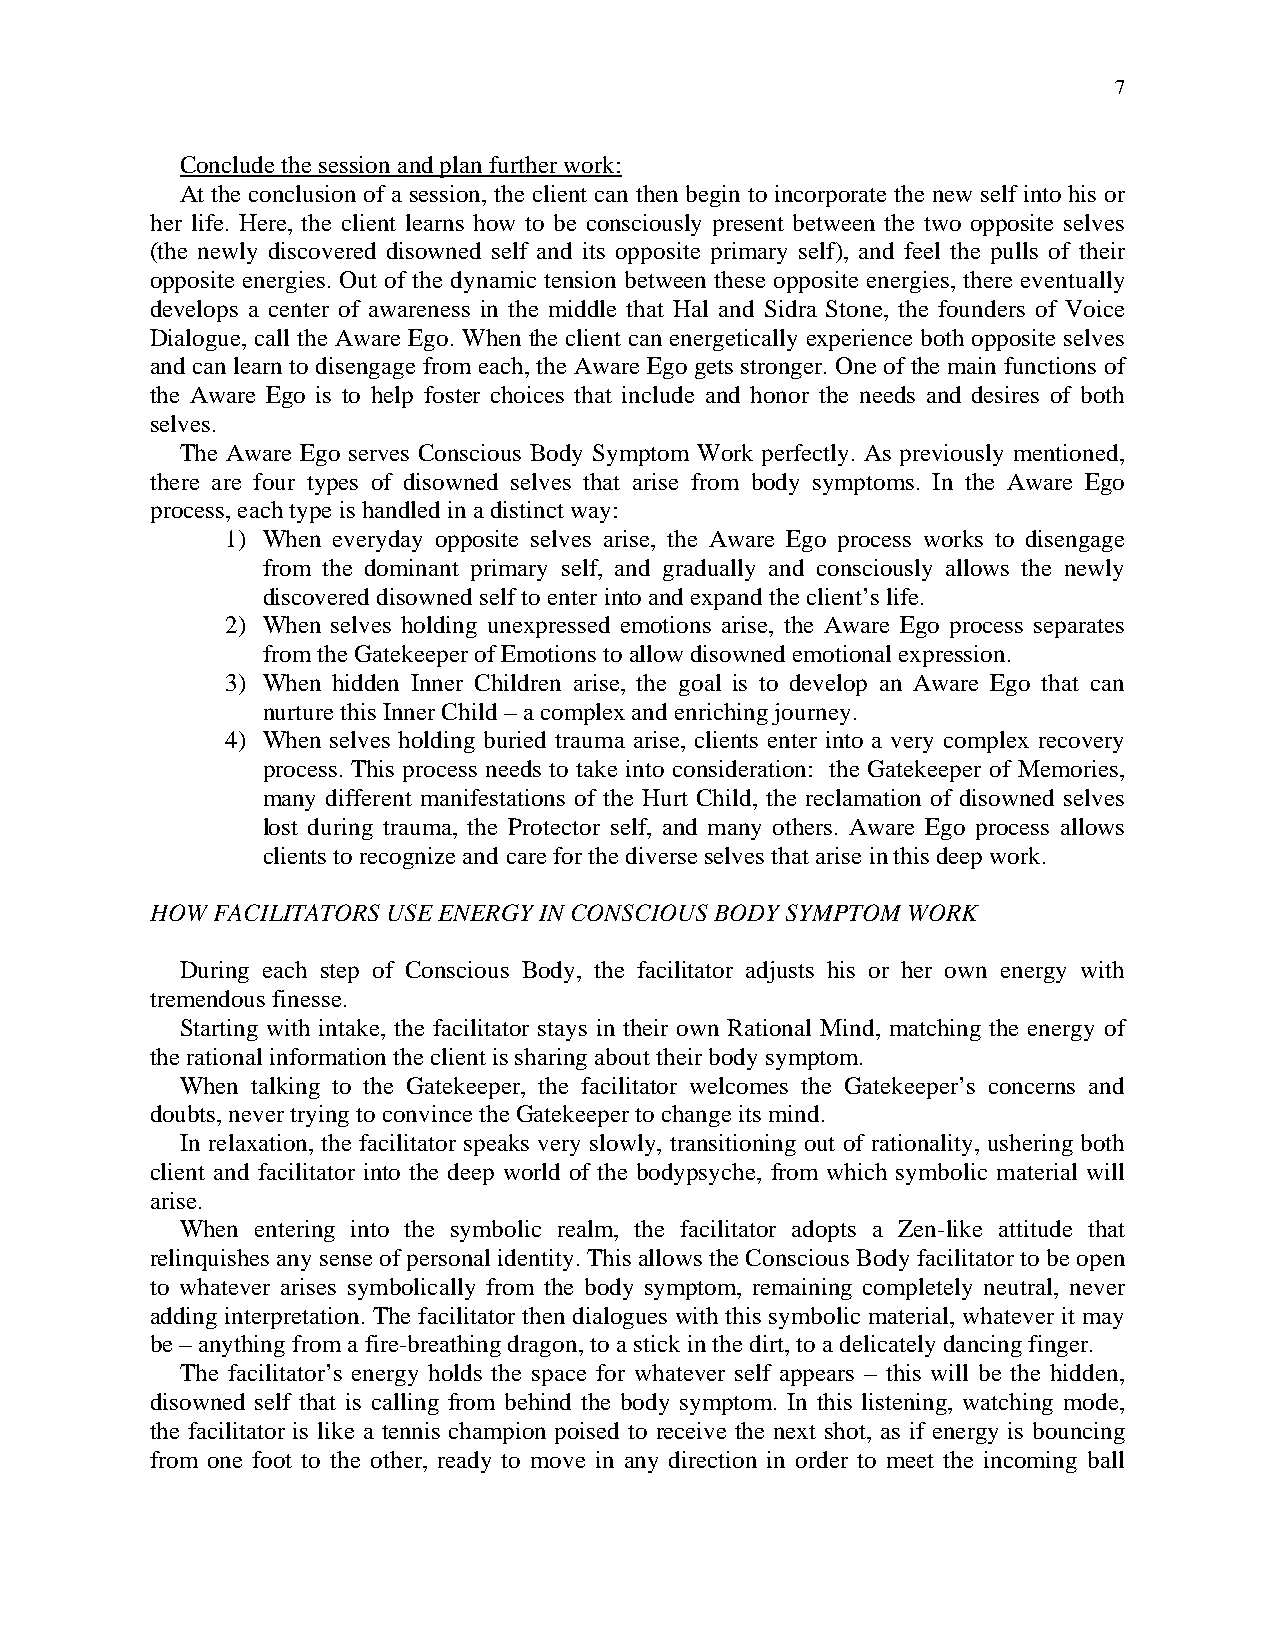
7
 Conclude the session and plan further work:
 At the conclusion of a session, the client can then begin to incorporate the new self into his or
 her life. Here, the client learns how to be consciously present between the two opposite selves
 (the newly discovered disowned self and its opposite primary self), and feel the pulls of their
 opposite energies. Out of the dynamic tension between these opposite energies, there eventually
 develops a center of awareness in the middle that Hal and Sidra Stone, the founders of Voice
 Dialogue, call the Aware Ego. When the client can energetically experience both opposite selves
 and can learn to disengage from each, the Aware Ego gets stronger. One of the main functions of
 the Aware Ego is to help foster choices that include and honor the needs and desires of both
 selves.
 The Aware Ego serves Conscious Body Symptom Work perfectly. As previously mentioned,
 there are four types of disowned selves that arise from body symptoms. In the Aware Ego
 process, each type is handled in a distinct way:
 1) When everyday opposite selves arise, the Aware Ego process works to disengage
 from the dominant primary self, and gradually and consciously allows the newly
 discovered disowned self to enter into and expand the client’s life.
 2) When selves holding unexpressed emotions arise, the Aware Ego process separates
 from the Gatekeeper of Emotions to allow disowned emotional expression.
 3) When hidden Inner Children arise, the goal is to develop an Aware Ego that can
 nurture this Inner Child – a complex and enriching journey.
 4) When selves holding buried trauma arise, clients enter into a very complex recovery
 process. This process needs to take into consideration: the Gatekeeper of Memories,
 many different manifestations of the Hurt Child, the reclamation of disowned selves
 lost during trauma, the Protector self, and many others. Aware Ego process allows
 clients to recognize and care for the diverse selves that arise in this deep work.
 HOW FACILITATORS USE ENERGY IN CONSCIOUS BODY SYMPTOM WORK
 During each step of Conscious Body, the facilitator adjusts his or her own energy with
 tremendous finesse.
 Starting with intake, the facilitator stays in their own Rational Mind, matching the energy of
 the rational information the client is sharing about their body symptom.
 When talking to the Gatekeeper, the facilitator welcomes the Gatekeeper’s concerns and
 doubts, never trying to convince the Gatekeeper to change its mind.
 In relaxation, the facilitator speaks very slowly, transitioning out of rationality, ushering both
 client and facilitator into the deep world of the bodypsyche, from which symbolic material will
 arise.
 When entering into the symbolic realm, the facilitator adopts a Zen-like attitude that
 relinquishes any sense of personal identity. This allows the Conscious Body facilitator to be open
 to whatever arises symbolically from the body symptom, remaining completely neutral, never
 adding interpretation. The facilitator then dialogues with this symbolic material, whatever it may
 be – anything from a fire-breathing dragon, to a stick in the dirt, to a delicately dancing finger.
 The facilitator’s energy holds the space for whatever self appears – this will be the hidden,
 disowned self that is calling from behind the body symptom. In this listening, watching mode,
 the facilitator is like a tennis champion poised to receive the next shot, as if energy is bouncing
 from one foot to the other, ready to move in any direction in order to meet the incoming ball